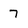
Character: 7